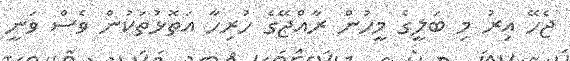
ޖެހޭ އިރު މި ބަލީގެ މީހުން ރާއްޖޭގެ ހުރިހާ އަތޮޅުތަކުން ވެސް ވަނީ